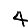
Digit: 4